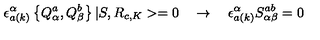
\epsilon _ { a ( k ) } ^ { \alpha } \left\{ Q _ { \alpha } ^ { a } , Q _ { \beta } ^ { b } \right\} | S , R _ { c , K } > = 0 \quad \rightarrow \quad \epsilon _ { a ( k ) } ^ { \alpha } S _ { \alpha \beta } ^ { a b } = 0